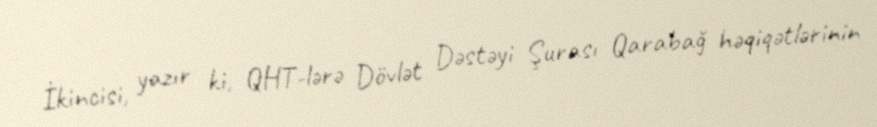
İkincisi, yazır ki, QHT-lərə Dövlət Dəstəyi Şurası Qarabağ həqiqətlərinin